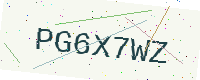
Text: PG6X7WZ